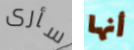
سأرى أنها